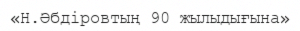
«Н.Әбдіровтың 90 жылыдығына»